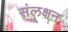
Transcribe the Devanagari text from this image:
संलक्षन